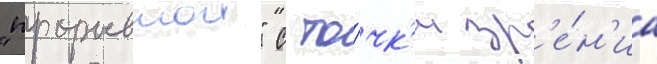
"прорывнои" с то́чк'и зр'е́н'иа